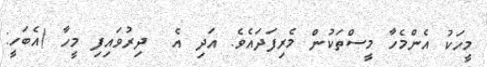
މީހަކު އެންމެހާ މީސްތަކުން މެރިފަދައެވެ. އަދި އެ  ދިރުވައިފި މީހާ (އެބަހީ: